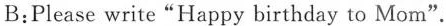
B:Please write"Happy birthday to Mom"